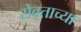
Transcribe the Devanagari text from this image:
सेवताच्या